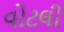
વોટલી